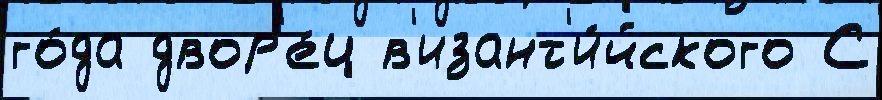
го́да двор'е́ц в'изант'и́йского С